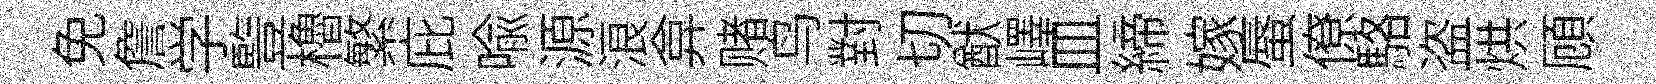
免詹学䜿櫓繁庇喻源浪弇赌鸟對切猷嶧皿締嫁蜃僚駱盗烘頋